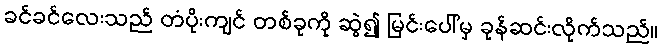
ခင်ခင်လေးသည် တံပိုးကျင် တစ်ခုကို ဆွဲ၍ မြင်းပေါ်မှ ခုန်ဆင်းလိုက်သည်။